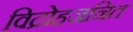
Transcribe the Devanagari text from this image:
विद्रोहजनित